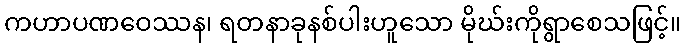
ကဟာပဏဝေဿန၊ ရတနာခုနစ်ပါးဟူသော မိုဃ်းကိုရွာစေသဖြင့်။